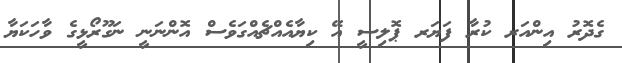
ގެދޮރު އިންއަރ ކުރާ ފަޔަރ ޕޮލިސީ އޭ ކިޔާއެއްޗެއްގަވެސް އޮންނަނީ ނަގޫރޯޅީގެ ވާހަކަޔާ